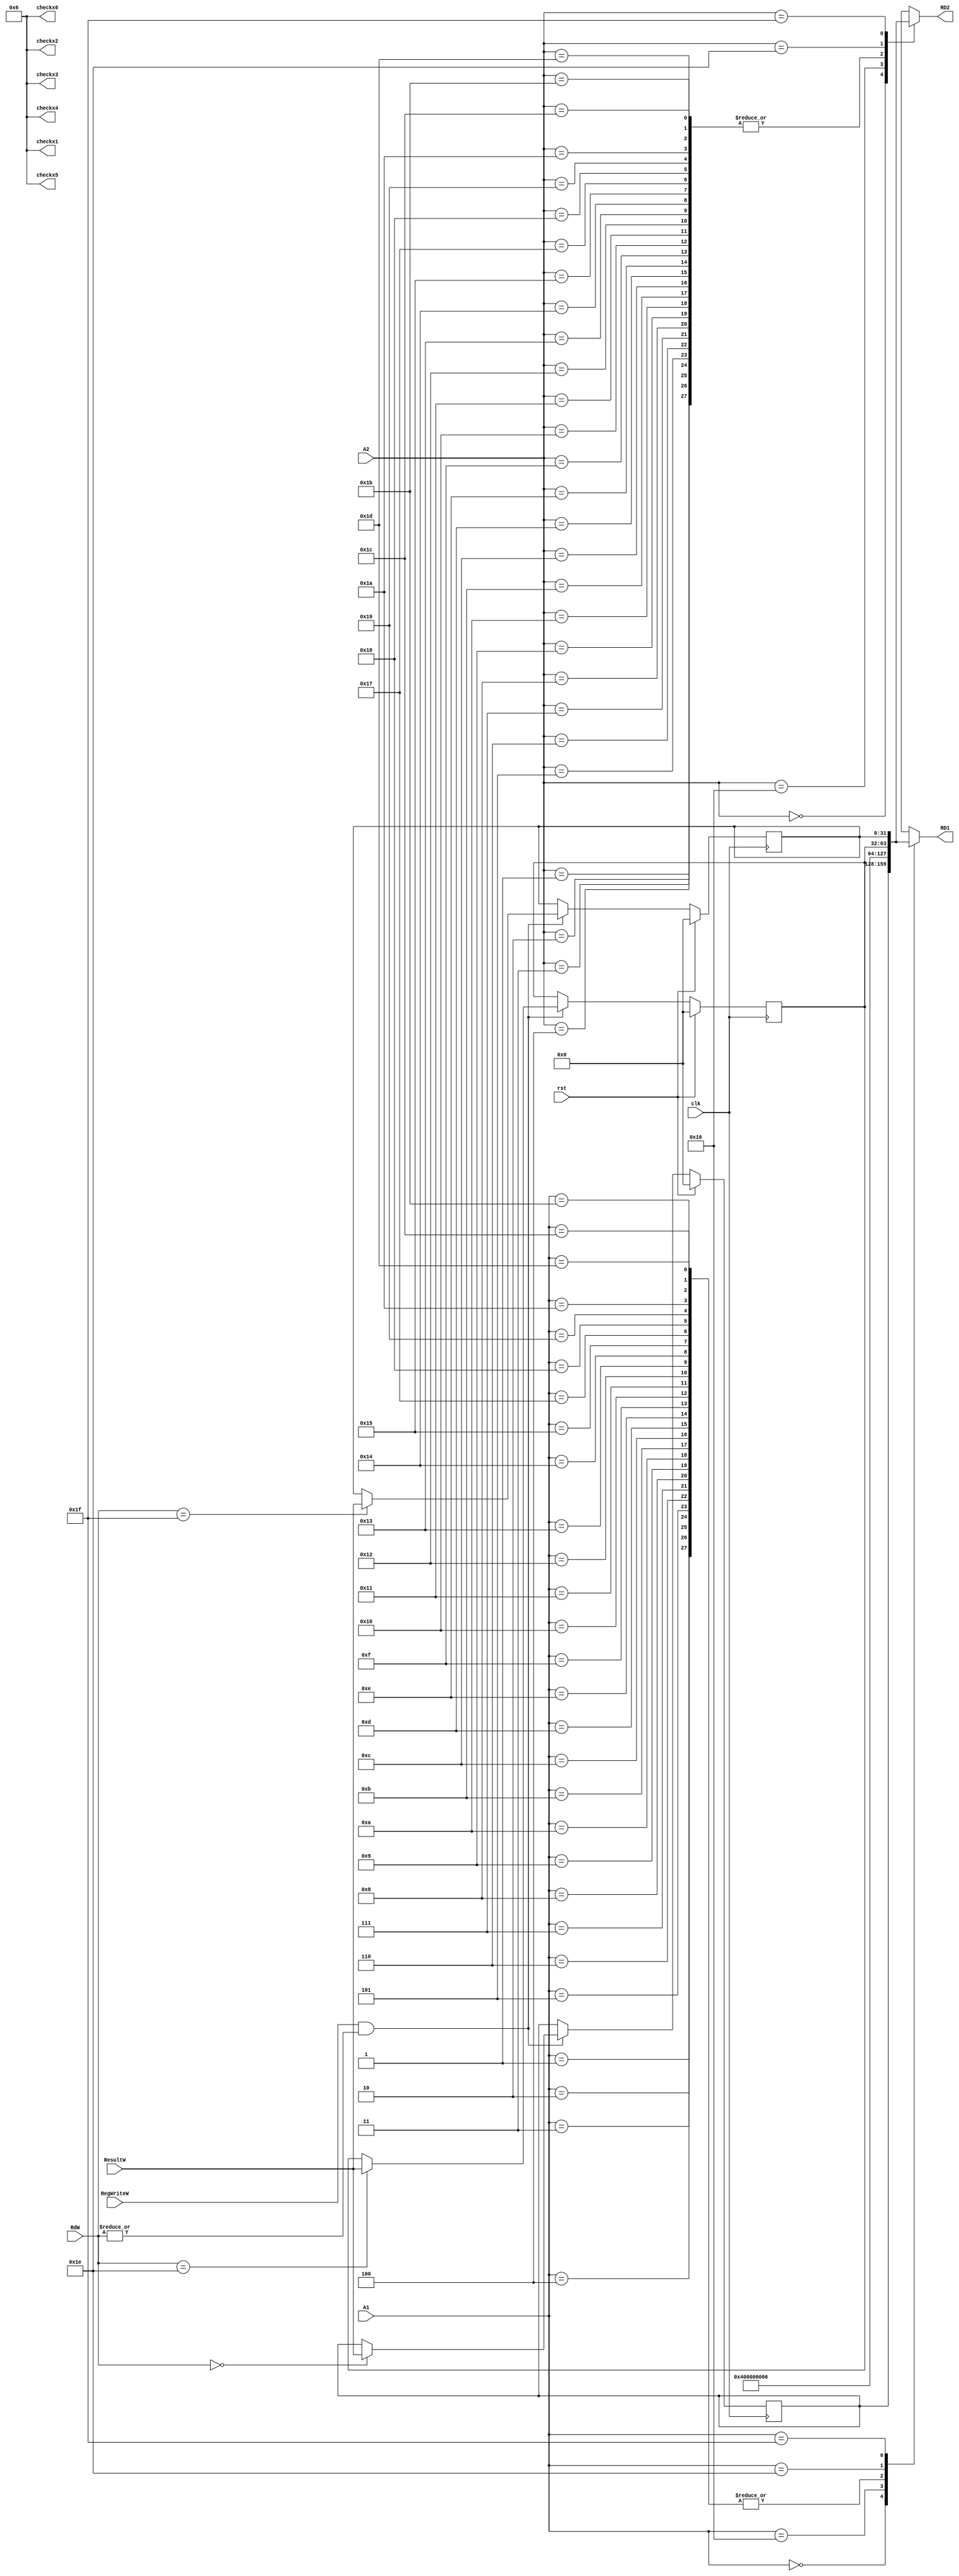
`timescale 1ns / 1ps
//////////////////////////////////////////////////////////////////////////////////
// Company: 
// Engineer: 
// 
// Design Name: 
// Module Name: RegFile
// Project Name: 
// Target Devices: 
// Tool Versions: 
// Description: 
// 
// Dependencies: 
// 
// Revision:
// Revision 0.01 - File Created
// Additional Comments:
// 
//////////////////////////////////////////////////////////////////////////////////


module RegFile(
    input            clk, 
    input            rst,
    input            RegWriteW,
    input      [4:0] A1,
    input      [4:0] A2,
    input      [4:0] RdW,         //A3
    input      [31:0] ResultW,
    output reg [31:0] RD1, RD2,
    output reg [31:0] checkx1,  //it is to see x1 of register file (you can ignore it if your simulator allows you to see full RF)
    output reg [31:0] checkx2,
    output reg [31:0] checkx3,
    output reg [31:0] checkx4,
    output reg [31:0] checkx5,
    output reg [31:0] checkx6
    
    );
  
    reg [31:0] registers [31:0];
    integer i;
    //integer j;
   
    
    always @(*) begin
            registers[28] = 32'd6;
            registers[22] = 32'd4;
            registers[18] = 32'd6;
            registers[1] = 32'd6;
            registers[2] = 32'd6;
            registers[3] = 32'd6;
            registers[4] = 32'd6;
            registers[5] = 32'd6;
            registers[6] = 32'd6;
            registers[7] = 32'd6;
            registers[8] = 32'd6;
            registers[9] = 32'd6;
            registers[10] = 32'd6;
            registers[11] = 32'd6;
            registers[12] = 32'd6;
            registers[13] = 32'd6;
            registers[14] = 32'd6;
            registers[15] = 32'd6;
            registers[16] = 32'd6;
            registers[17] = 32'd6;
            registers[19] = 32'd6;
            registers[20] = 32'd6;
            registers[21] = 32'd6;
            registers[29] = 32'd6;
            registers[23] = 32'd6;
            registers[24] = 32'd6;
            registers[25] = 32'd6;
            registers[26] = 32'd6;
            registers[27] = 32'd6;
    
            
            RD1 = registers[A1];
            RD2 = registers[A2];
    
            checkx1 = registers[1];
            checkx2 = registers[2];
            checkx3 = registers[3];
            checkx4 = registers[19];
            checkx5 = registers[5];
            checkx6 = registers[6];
            
        end
  
//    assign RD1 = (rst) ? 32'h00000000 : registers[A1];
//    assign RD2 = (rst) ? 32'h00000000 : registers[A2];
    
   always @(negedge clk) begin
            if (rst) begin
                for(i = 0; i < 32;i = i + 1) begin
                    registers[i] <= 32'd0;
                end
    
            end else if (RegWriteW && (|RdW)) begin    //|RdW, avoid writing at x0
                registers[RdW] <= ResultW;
            end
        end
  
//  initial begin
//        registers[4] = 32'd14;//32'h00000005;
//        registers[5] = 32'h00000006;
//        registers[6] = 32'd10;//32'h00000004;
//        registers[9] = 32'h00000020;
        
//    end

endmodule